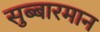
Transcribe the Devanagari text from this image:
सुब्बारमान